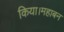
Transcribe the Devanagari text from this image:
किया।महाबन